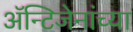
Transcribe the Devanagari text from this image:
अॅन्टिजेनांच्या